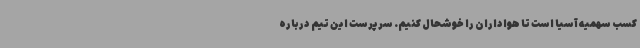
کسب سهمیه آسیا است تا هواداران را خوشحال کنیم. سرپرست این تیم درباره